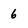
Character: 6